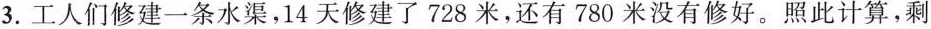
3.工人们修建一条水渠，14天修建了728米，还有780米没有修好。照此计算，剩